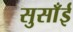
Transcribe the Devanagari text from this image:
सुसाँई